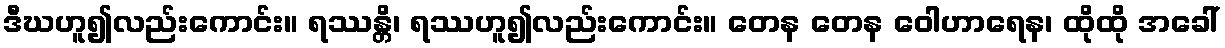
ဒီဃဟူ၍လည်းကောင်း။ ရဿန္တိ၊ ရဿဟူ၍လည်းကောင်း။ တေန တေန ဝေါဟာရေန၊ ထိုထို အခေါ်